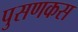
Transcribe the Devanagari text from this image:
पुसणकस